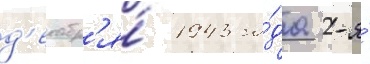
д'екабр'я́ 1943 го́да 2-я́